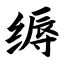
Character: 缛